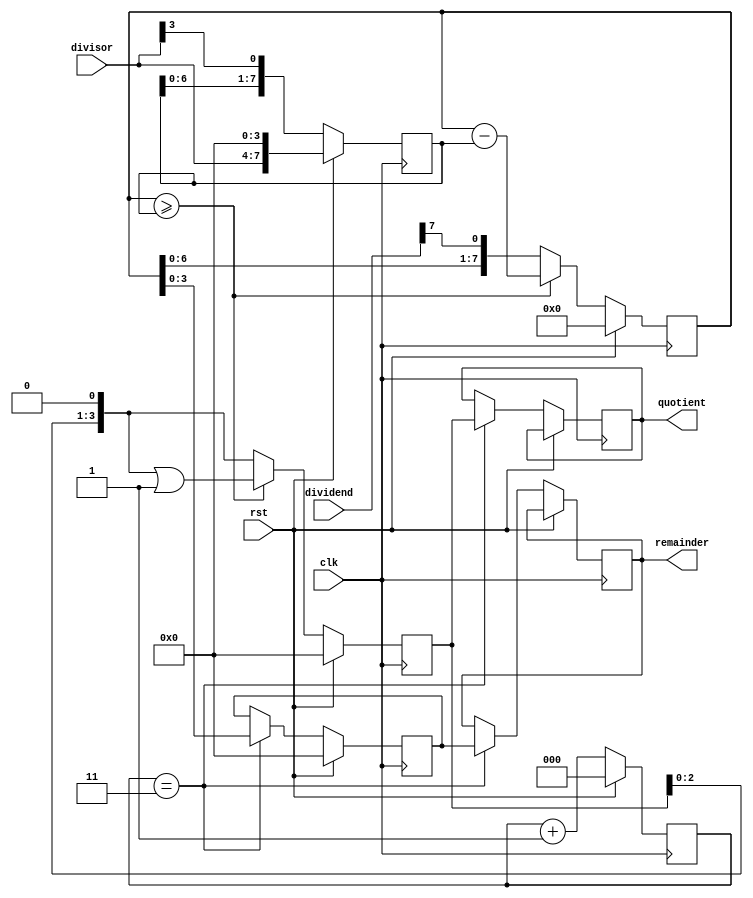
module BinaryDivider (
    input wire [7:0] dividend,
    input wire [3:0] divisor,
    output reg [3:0] quotient,
    output reg [3:0] remainder,
    input wire clk,
    input wire rst
);

reg [7:0] temp_dividend;
reg [3:0] temp_quotient;
reg [3:0] temp_remainder;
reg [2:0] count;
reg [7:0] shifted_divisor;

always @(posedge clk) begin
    if (rst) begin
        temp_dividend <= 8'b0;
        temp_quotient <= 4'b0;
        temp_remainder <= 4'b0;
        count <= 3'b0;
        shifted_divisor <= {divisor, 4'b0};
    end else begin
        // Shift right the dividend and divisor registers
        temp_dividend <= {temp_dividend[6:0], dividend[7]};
        shifted_divisor <= {shifted_divisor[6:0], divisor[3]};

        // Subtract shifted divisor from the remaining dividend
        if (temp_dividend >= shifted_divisor) begin
            temp_dividend <= temp_dividend - shifted_divisor;
            temp_quotient <= temp_quotient << 1 | 1'b1;
        end else begin
            temp_quotient <= temp_quotient << 1;
        end

        count <= count + 1;

        // Update the remainder once all the iterations are done
        if (count == 3) begin
            temp_remainder <= temp_dividend;
            quotient <= temp_quotient;
            remainder <= temp_remainder;
        end
    end
end

endmodule